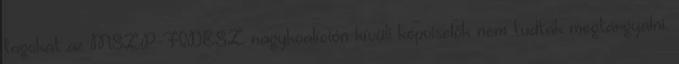
tagokat az MSZP-FIDESZ nagykoalíción kívüli képviselők nem tudták megtárgyalni.